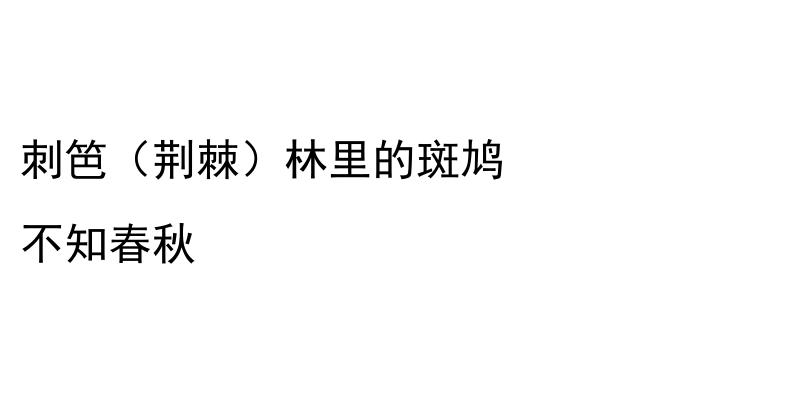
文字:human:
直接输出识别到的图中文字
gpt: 刺笆（荆棘）林里的斑鸠 不知春秋